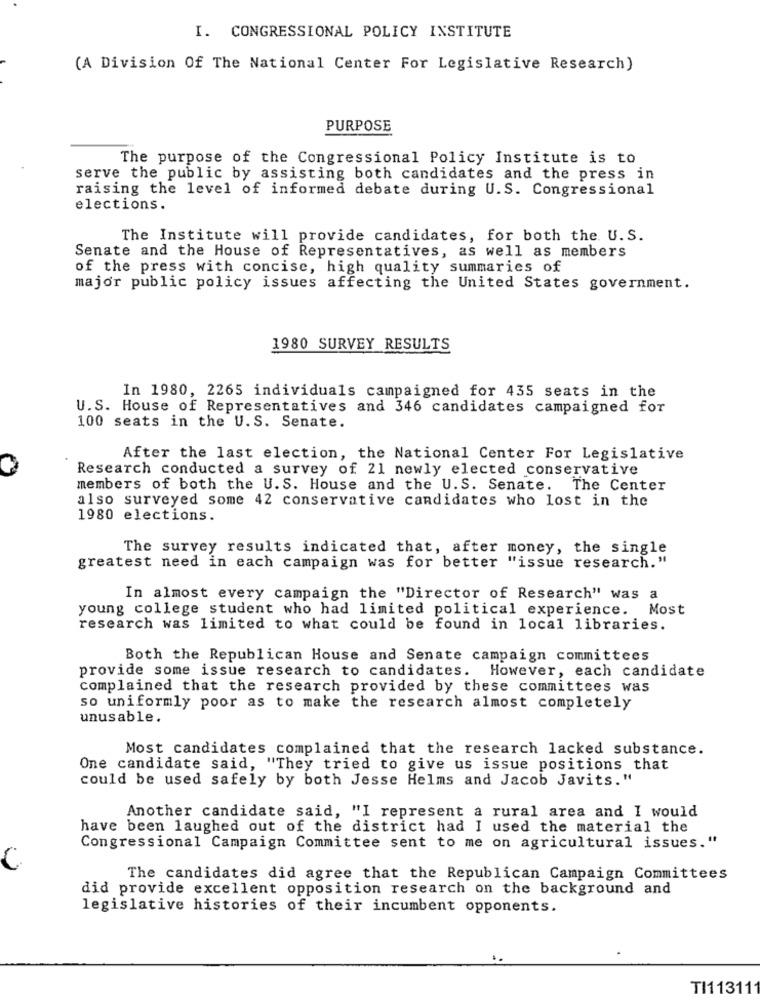
I. CONGRESSIONAL POLICY INSTITUTE
(A Division Of The National Center For Legislative Research)
PURPOSE
The purpose of the Congressional Policy Institute is to
serve the public by assisting both candidates and the press in
raising the level of informed debate during U.S. Congressional
elections.
The Institute will provide candidates, for both the U.S.
Senate and the House of Representatives, as well as members
of the press with concise, high quality summaries of
major public policy issues affecting the United States government.
1980 SURVEY RESULTS
In 1980, 2265 individuals campaigned for 435 seats in the
U.S. House of Representatives and 346 candidates campaigned for
100 seats in the U.S. Senate.
After the last election, the National Center For Legislative
Research conducted a survey of 21 newly elected conservative
members of both the U.S. House and the U.S. Senate.
The Center
also surveyed some 42 conservative candidates who lost in the
1980 elections.
The survey results indicated that, after money, the single
greatest need in each campaign was for better "issue research."
In almost every campaign the "Director of Research" was a
young college student who had limited political experience. Most
research was limited to what could be found in local libraries.
Both the Republican House and Senate campaign committees
provide some issue research to candidates. However, each candidate
complained that the research provided by these committees was
so uniformly poor as to make the research almost completely
unusable.
Most candidates complained that the research lacked substance.
One candidate said, "They tried to give us issue positions that
could be used safely by both Jesse Helms and Jacob Javits."
Another candidate said, "I represent a rural area and I would
have been laughed out of the district had I used the material the
Congressional Campaign Committee sent to me on agricultural issues."
C
The candidates did agree that the Republican Campaign Committees
did provide excellent opposition research on the background and
legislative histories of their incumbent opponents.
TI113111